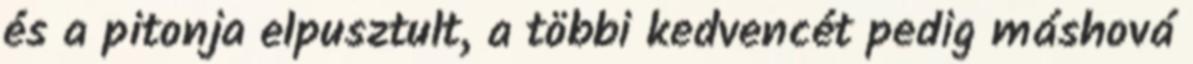
és a pitonja elpusztult, a többi kedvencét pedig máshová